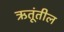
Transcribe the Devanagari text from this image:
ऋतूंतील